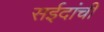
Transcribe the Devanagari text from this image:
सईदांची